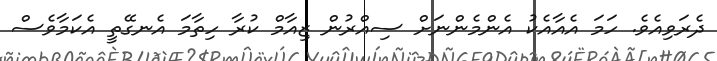
ދެރަވިއެވެ. ހަމަ އެއާއެކު އެންމެންނަށް ސިއްރުން ޒިއާމް ކުރާ ހިތާމަ އެނގޭތީ އެކަމާވެސް